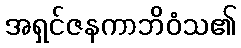
အရှင်ဇနကာဘိဝံသ၏